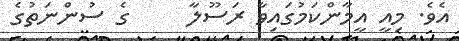
އެވެ. މިއީ އީމާންކަމުގައިވާ ރަސޫލާ     ގެ ސުންނަތުގެ